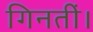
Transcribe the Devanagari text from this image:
गिनतीं।